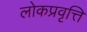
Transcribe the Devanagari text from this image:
लोकप्रवृत्ति